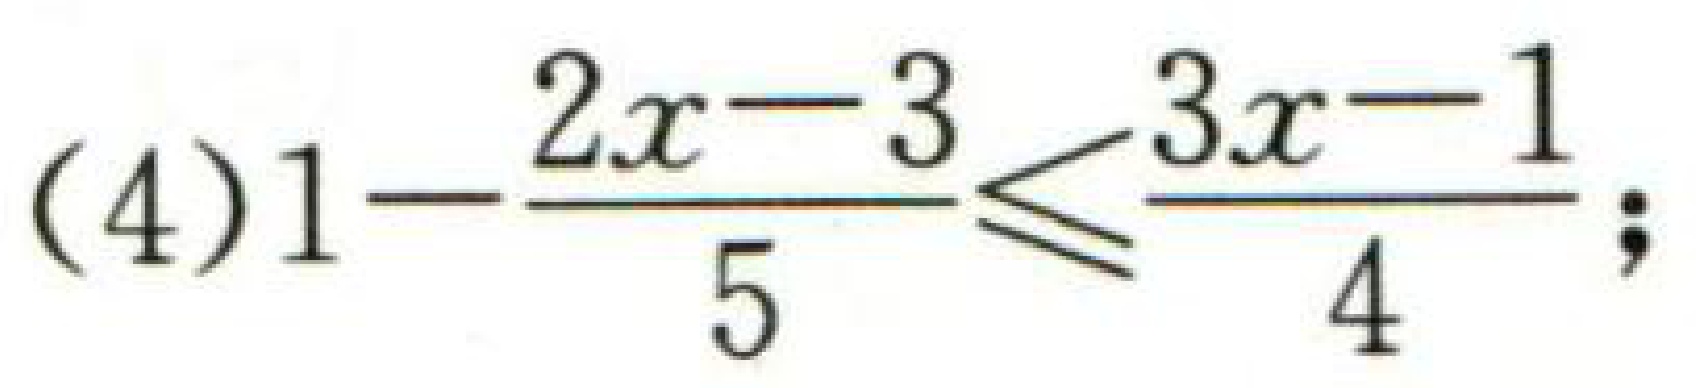
\(1-\frac{2x - 3}{5}\leq\frac{3x - 1}{4};\)